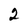
Character: 2